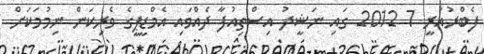
ފެބްރުއަރީ 7 2012 ގައި ނަޝީދު އިސްތިއުފާ ދެއްވައި އެމްޑީޕީގެ ވެރިކަން ނިމުމަކަށް